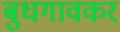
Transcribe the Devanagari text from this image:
बुधगावकर